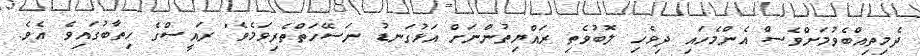
ދެމިތިއްބެވުމަށްވެސް އެންމެހައި ދިވެހި ލޮބުވެތި ރައްޔިތުންނަށް އަޅުގަނޑު ނަސޭހަަތްތެރިވަމެވެ" ރައީސްގެ ހިތާބުގައިވެ އެވެ.